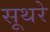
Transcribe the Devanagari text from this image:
सूथरे